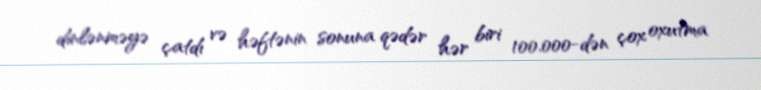
dinlənməyə çatdı və həftənin sonuna qədər hər biri 100.000-dən çox oxutma